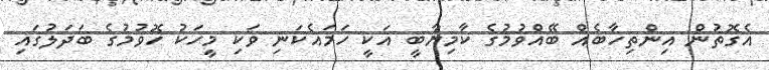
އެގޮތުން އިންތިހާބެއް ބޭއްވުމުގެ ކާމިޔާބީ އަކީ ހަމައެކަނި ވަކި މީހަކު ހޮވުމުގެ ބަދަލުގައި